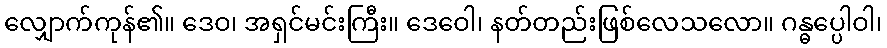
လျှောက်ကုန်၏။ ဒေဝ၊ အရှင်မင်းကြီး။ ဒေဝေါ၊ နတ်တည်းဖြစ်လေသလော။ ဂန္ဓပ္ပေါဝါ၊